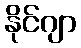
နိုင်ဂျာ